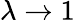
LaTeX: \lambda\rightarrow 1